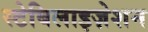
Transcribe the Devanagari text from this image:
स्टेबिलाइज़ेशन